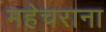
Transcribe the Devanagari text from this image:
महेचराना